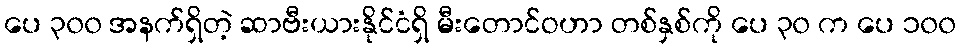
ပေ ၃၀၀ အနက်ရှိတဲ့ ဆာဗီးယားနိုင်ငံရှိ မီးတောင်ဝဟာ တစ်နှစ်ကို ပေ ၃၀ က ပေ ၁၀၀